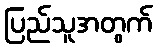
ပြည်သူအတွက်